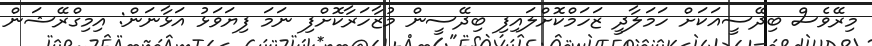
މިރޭވެސް ބިދޭސީއަކަށް ހަމަލާދީ ޒަހަމްކޮށްލައިފި ބިދޭސީން މުޒާހަރާކޮށްފި ނަމަ ފިޔަވަޅު އަޅާނަން: އިމިގްރޭޝަން